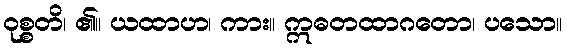
ဝုစ္စတိ၊ ၏။ ယထာဟ၊ ကား။ ဣဓတထာဂတော၊ ပသော။